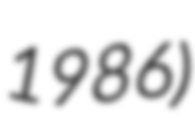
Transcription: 1986)